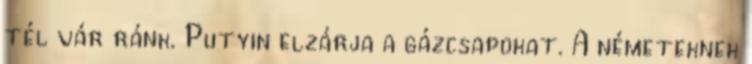
tél vár ránk. Putyin elzárja a gázcsapokat. A németeknek